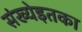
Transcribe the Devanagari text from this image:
संख्येइतका